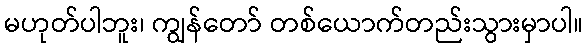
မဟုတ်ပါဘူး၊ ကျွန်တော် တစ်ယောက်တည်းသွားမှာပါ။